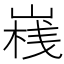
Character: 𡺄